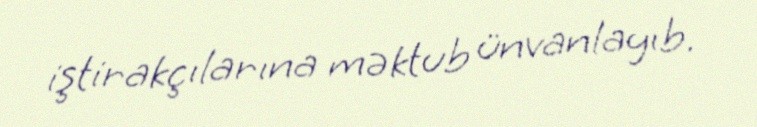
iştirakçılarına məktub ünvanlayıb.